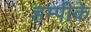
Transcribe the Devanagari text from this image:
हम्पीके